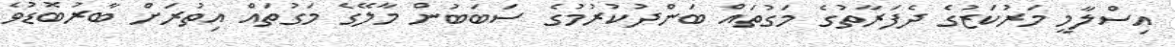
އިސްލާމީ މަރުކަޒުގެ ދެފަރާތުގެ މަގުތައް ބަންދުކުރުމުގެ ސަބަބުން މާލޭގެ މަގުތައް އިތުރަށް ބާރުބޮޑުވެ